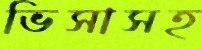
ভিসাসহ